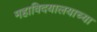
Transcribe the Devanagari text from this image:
महाविदयालयाच्या